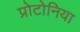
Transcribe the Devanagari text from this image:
प्रोटोनिया